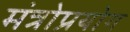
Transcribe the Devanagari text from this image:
मंत्रोप्रयोग